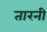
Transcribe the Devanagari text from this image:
तारनी